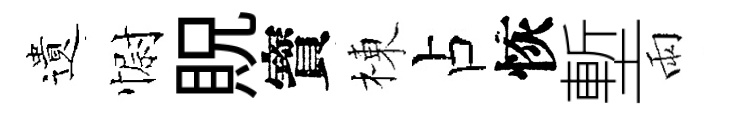
遺𢠢貺寳棟占恢塹雨